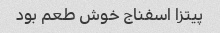
پیتزا اسفناج خوش طعم بود